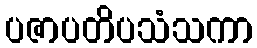
ပဇာပတိပသံသကာ